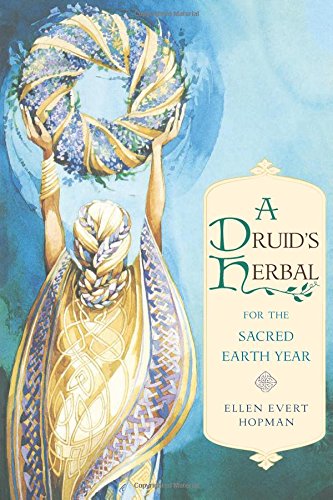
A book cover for A Druid's Herbal for the Sacred Earth Year; Ellen Evert Hopman; Religion & Spirituality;